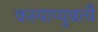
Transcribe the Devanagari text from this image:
कस्याप्युन्नत्यै